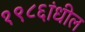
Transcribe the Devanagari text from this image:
१९८६ांधील